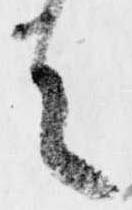
有